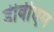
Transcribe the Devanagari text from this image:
डीबीएम